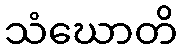
သံဃောတိ